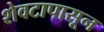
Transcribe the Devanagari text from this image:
शेवटापासून